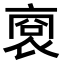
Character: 𧚞